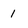
Character: 1